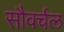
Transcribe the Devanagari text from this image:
सौवर्चल